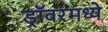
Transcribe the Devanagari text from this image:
ड्रॉवरमध्ये